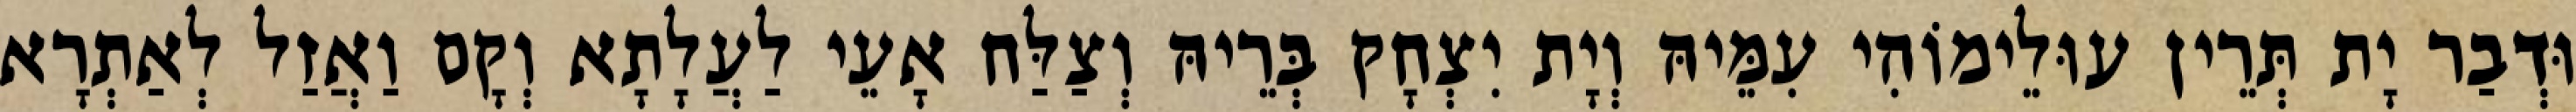
וּדְבַר יָת תְּרֵין עוּלֵימוֹהִי עִמֵּיהּ וְיָת יִצְחָק בְּרֵיהּ וְצַלַּח אָעֵי לַעֲלָתָא וְקָם וַאֲזַל לְאַתְרָא